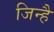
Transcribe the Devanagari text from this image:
जिन्है